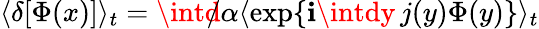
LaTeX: \langle\delta[\Phi(x)]\rangle_{t}=\intd\! \! \! /\alpha\langle\exp\{ \mathbf{i}\intdy\, j(y)\Phi(y)\} \rangle_{t}